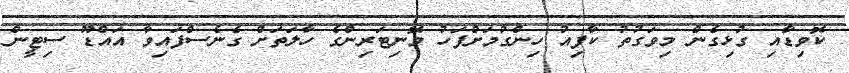
ކޮވިޑާއި ގުޅިގެން މިވަގުތު ކާފިއު ހިންގުމަށްފަހު މޮނިޓަރިންގެ ހާލަތަށް ގެނެސްފައިވާ އައްޑޫ ސިޓީން